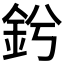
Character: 𨥟